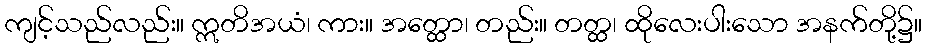
ကျင့်သည်လည်း။ ဣတိအယံ၊ ကား။ အတ္ထော၊ တည်း။ တတ္ထ၊ ထိုလေးပါးသော အနက်တို့၌။